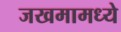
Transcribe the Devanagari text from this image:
जखमामध्ये